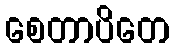
စေတာပိတေ